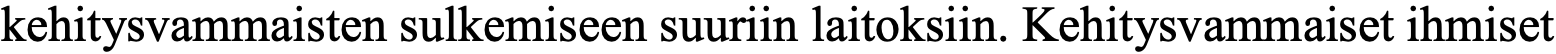
kehitysvammaisten sulkemiseen suuriin laitoksiin. Kehitysvammaiset ihmiset